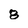
Character: 8